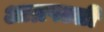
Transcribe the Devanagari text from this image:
आम्रपल्ली